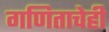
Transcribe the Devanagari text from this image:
गणिताचेही